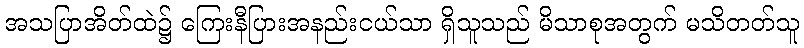
အသပြာအိတ်ထဲ၌ ကြေးနီပြားအနည်းငယ်သာ ရှိသူသည် မိသာစုအတွက် မသိတတ်သူ